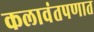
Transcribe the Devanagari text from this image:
कलावंतपणात